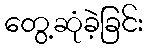
တွေ့ဆုံခဲ့ခြင်း